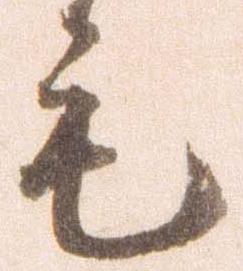
毛